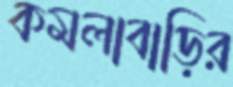
কমলাবাড়ির